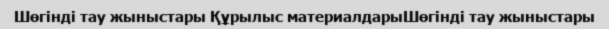
Шөгінді тау жыныстары Құрылыс материалдарыШөгінді тау жыныстары